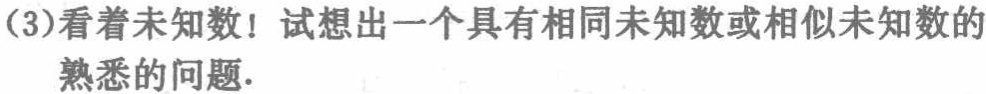
(3)看着未知数！试想出一个具有相同未知数或相似未知数的

熟悉的问题.